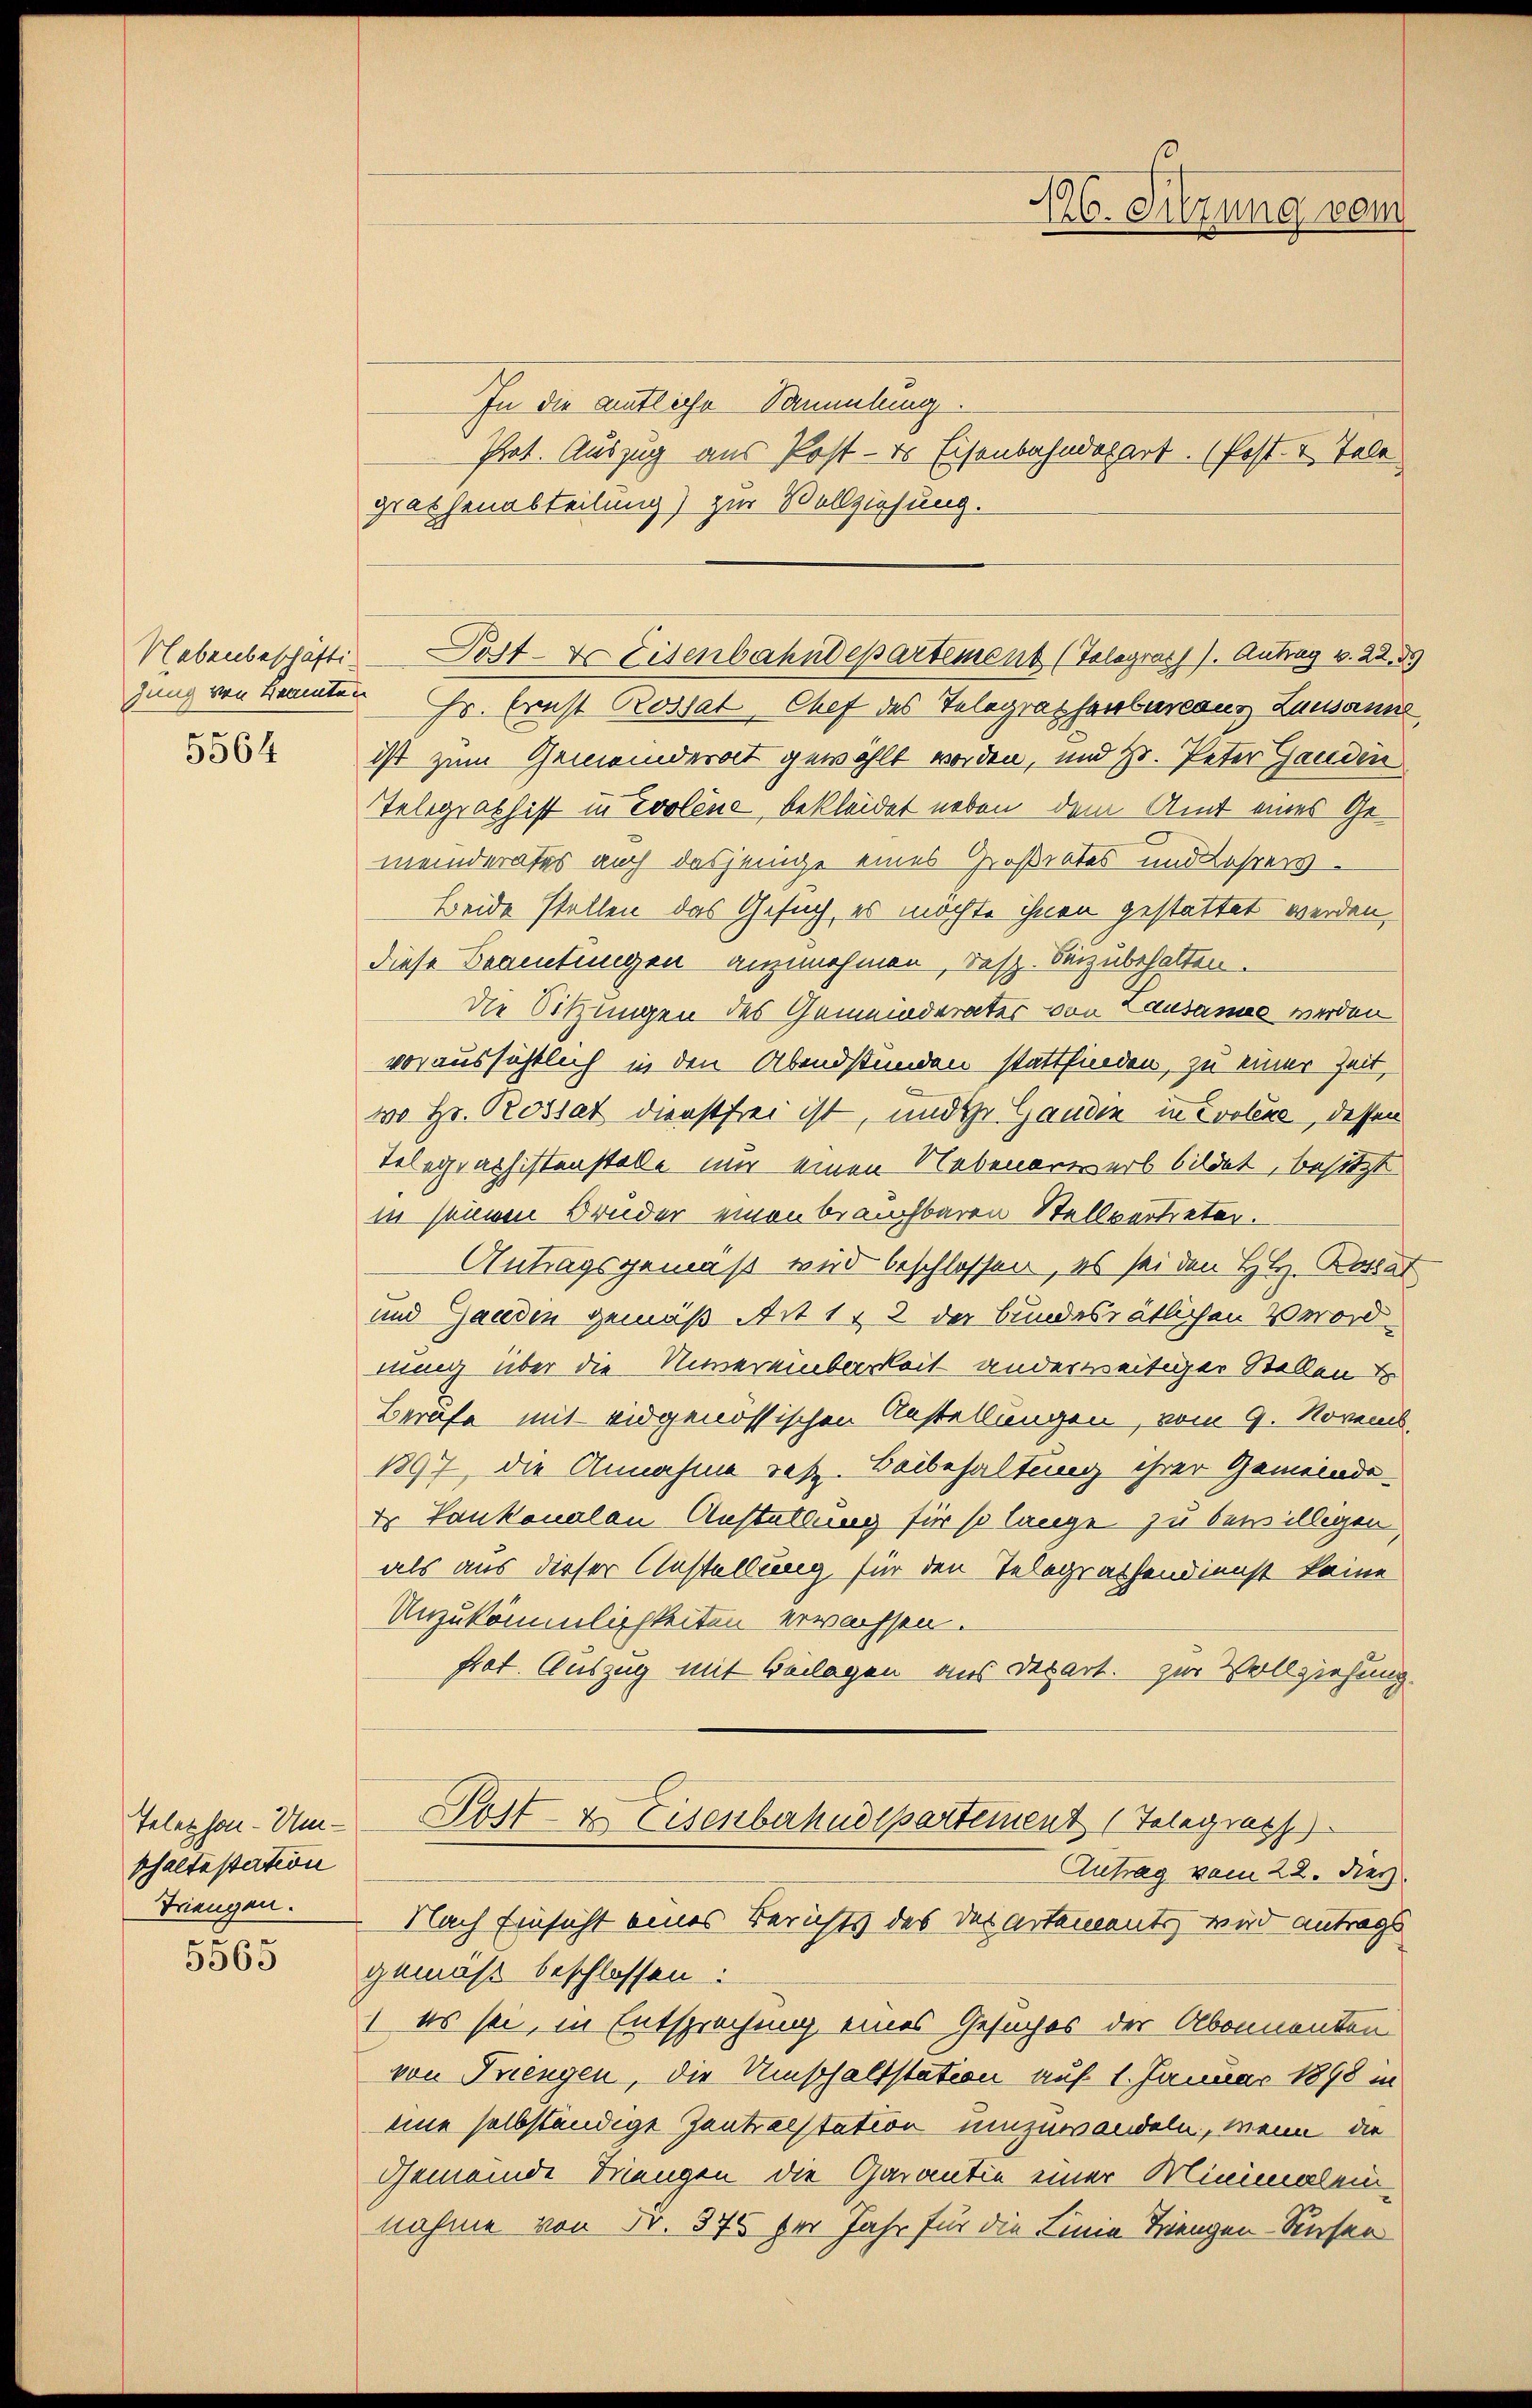
5564

Telephon-Umphaltestation
Triengen.

5565

In die entliche Sammlung
Prat. Auszug aus Post - es Eisenbahndepart. (Post- & Tale
grathenabteilung) zur Vollziehung.
Nebenbeschäfte Post- & Eisenbahndepartement (Telograss). Antrag v. 22. 5
gung von kannten Hr. Ernst Rossal, Chef des Telegrathenbureaus Lausann
ist zum Gemeinderat gewählt worden, und Hr. Peter Ganden
Telegrabhist in Cooline bekleidet neben dem Amt eines Gemeinderates auch dasjenige eines Großrates und Lehrers¬
Beide stellen das Gesuch, es möchte ihnen gestattet werden,
diese Beamtungen anzunehmen, resp. beizubehalten.
die Sitzungen des Gemeinderates von Lausannes werden
voraussichtlich in den Abendstunden stattfinden, zu einer Zeit,
wo Hr. Rossat dienstfrei ist, und ihr Gaudin in Evolexe, dessen
Telegraphistenstelle nur einen Nebenerwerb bildet, besitzt
in seinem Bruder einen brauchbaren Stellvertreter.
Antragsgemäß wird beschlossen, es sei den H. H. Battal
und Ganden gemäß Art 1 & 2 der bundesrätlichen Verordnung über die Unvereinbarkeit anderweitiger Stellen
Berufe mit eidgenössischen Anstellungen, vom 9. Novens,
1897, die Annahme resp. Beibehaltung ihrer Gemeinde-
 Tonkonalen Anstellung für so lange zu bewilligen
als aus dieser Anstellung, für den Telegrathendienst keine
Unzukömmlichkeiten erwachsen.
frat. Auszug mit Beilagen aus Depart. zur Vollziehung.
Post- & Eisenbahndepartement (Telegraph
Antrag vom 22. Dies
Nach Einsicht eines Berichts des der artements, wird antrags
gemäß beschlossen:
 es sei, in Entsprechung eines Gesuches der Abonnenten
von Triengen, die Umschaltstation auf 1. Januar 1898 in
eine selbständige Zentralstation umzuwandeln, wenn die
Gemeinde Mengen die Garantie einer Minimal ein
nahme von Fr. 375 für Jahr für die Linie Triengen-Keser

16. Sitzung vern